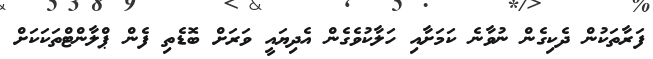
ފަރާތަކުން ދެކިގެން ނުވާނެ ކަަމަށާއި ހަލާކުވެގެން އެދިޔައީ ވަރަށް ބޮޑެތި ފެން ޕްލާންޓްތަކަކަށް